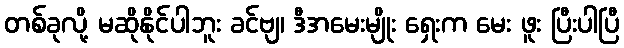
တစ်ခုလို့ မဆိုနိုင်ပါဘူး ခင်ဗျ၊ ဒီအမေးမျိုး ရှေးက မေး ဖူး ပြီးပါပြီ